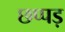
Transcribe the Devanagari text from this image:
छप्पड़